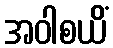
အဝါစယိံ